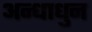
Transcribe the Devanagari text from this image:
अन्धाधुन